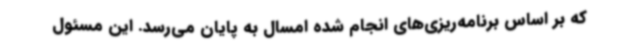
که بر اساس برنامه‌ریزی‌های انجام شده امسال به پایان می‌رسد. این مسئول